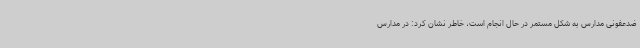
ضدعفونی مدارس به شکل مستمر در حال انجام است، خاطر نشان کرد: در مدارس